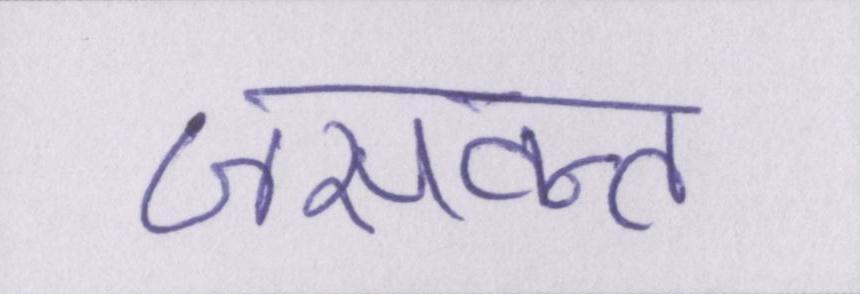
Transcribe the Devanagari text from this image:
जसवन्त